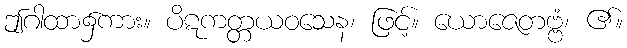
ဤဂါထာ၌ကား။ ပိဋကတ္တယဝသေန၊ ဖြင့်။ ယောဇေတဗ္ဗံ၊ ၏။